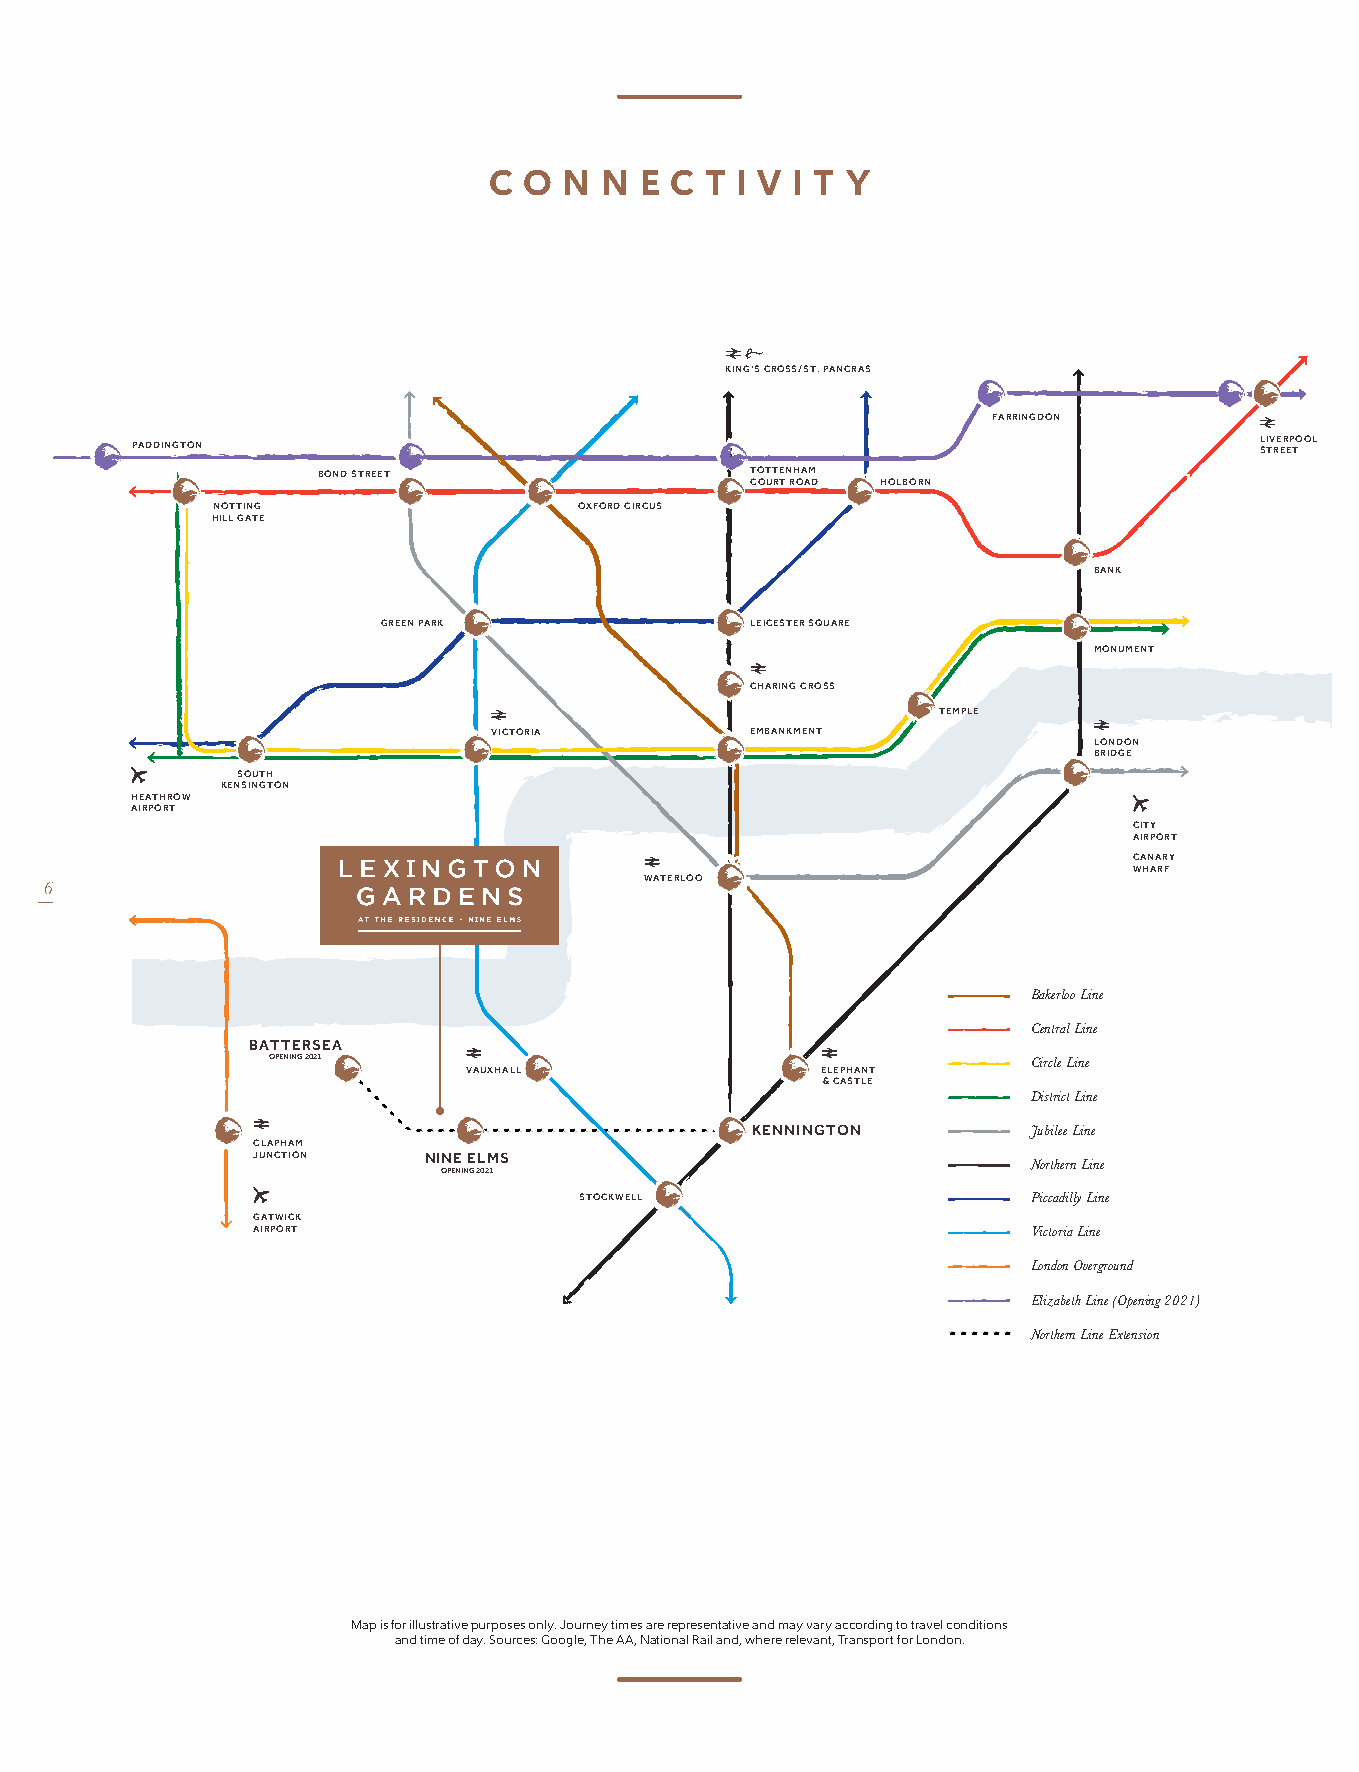
C  O N  N E C  T I V I T Y
 KING’S CROSS/ST. PANCRAS
 FARRINGDON
 PADDINGTON                                                                L SI TV RE ER EP TOOL
 BOND STREET                  TOTTENHAM
 COURT ROAD HOLBORN
 NOTTING                 OXFORD CIRCUS
 HILL GATE
 BANK
 GREEN PARK               LEICESTER SQUARE
 MONUMENT
 CHARING CROSS
 TEMPLE
 VICTORIA         EMBANKMENT
 LONDON
 BRIDGE
 SOUTH
 KENSINGTON
 HEATHROW
 AIRPORT
 CITY
 AIRPORT
 CANARY
 WHARF
 6                                       WATERLOO
 Bakerloo Line
 Central Line
 BATTERSEA
 OPENING 2021                                      Circle Line
 VAUXHALL               ELEPHANT
 & CASTLE
 District Line
 KENNINGTON        Jubilee Line
 CLAPHAM
 JUNCTION   NINE ELMS                               Northern Line
 OPENING 2021
 STOCKWELL                     Piccadilly Line
 GATWICK
 AIRPORT                                            Victoria Line
 London Overground
 Elizabeth Line (Opening 2021)
 Northern Line Extension
 READ TI WN MY AG IF DO ER ND HEA TD
 APL BO UW RNH SA LM OU LG AH NGLEY
 IVER
 WEST DRAYTO MN HAaYEpS i& sH SfA O aoR U nL rI T dN H ilAG l H uLT tAL iO msNN t W r eE a L L t oi Wv fE e dST apE yA uL .I r SEN pA oG Lo I u N s rG e cB s eR oO sA :An D C GlTW y oA O .Y N oJo glu ePrA ,n D TeDI hyN eG tT i AmON Ae ,Bs NO aN aD r e tS iT orR e nEE p aT r lT e ROsT aeT iE ln N atH a nA tM d iv FC , AeO wRU RR aI hT N n eGR dDD re O mN rea ly LeI V vvE aaRP nryO tO , aL TS c rT c aR oE nWE Hr sT Id pTE i onC rH g tA P t fE ooL rt r La oSvT nReA dlT oF cO o nR n .D d MiAtRioYL nA sN D FOREST GA MT AE NOR P IA LR FK OS RE DVG EO NC O KH D INA M GDR A SO W YM EG E SLFID O
 LH
 E R
 HAA
 D E
 R
 P
 AB O
 A
 TR L
 R
 HES D KNH WTE W ON OF OI O DEL DD
 CANARY WHARF
 TERMINALS 2 & 3
 CUSTOM HOUSE
 HEATHROW AIRPORT                          WOOLWICH
 TERMINAL 5 TERMINAL 4
 ABBEY WOOD